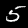
Digit: 5